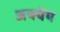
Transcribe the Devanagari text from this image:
अफ्पेप